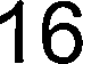
16